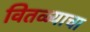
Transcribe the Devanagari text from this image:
वितळ्याचा